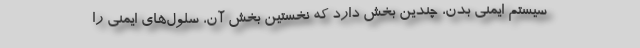
سیستم ایمنی بدن، چندین بخش دارد که نخستین بخش آن، سلول‌های ایمنی را